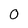
Character: O